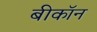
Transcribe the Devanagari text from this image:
बीकॉन